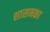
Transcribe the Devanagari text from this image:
शासनका